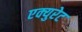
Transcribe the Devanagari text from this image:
एक्युरेट